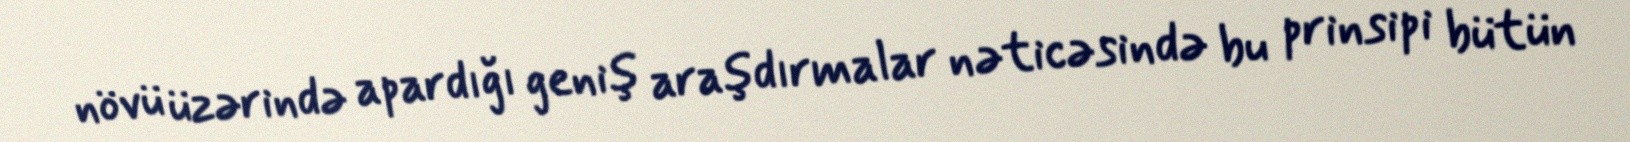
növü üzərində apardığı geniş araşdırmalar nəticəsində bu prinsipi bütün